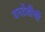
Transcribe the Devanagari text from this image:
वनदेवीची